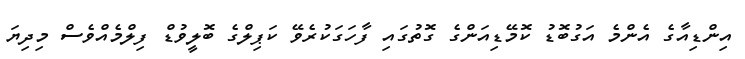
އިންޑިއާގެ އެންމެ އަގުބޮޑު ކޮމޭޑިއަންގެ ގޮތުގައި ފާހަގަކުރެވޭ ކަޕިލްގެ ބޮލީވުޑް ފިލްމެއްވެސް މިދިޔަ